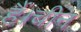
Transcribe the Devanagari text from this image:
हैं।चीन